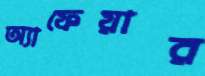
অ্যাফেয়ার